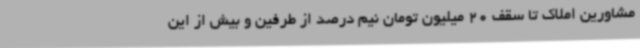
مشاورین املاک تا سقف 20 میلیون تومان نیم درصد از طرفین و بیش از این